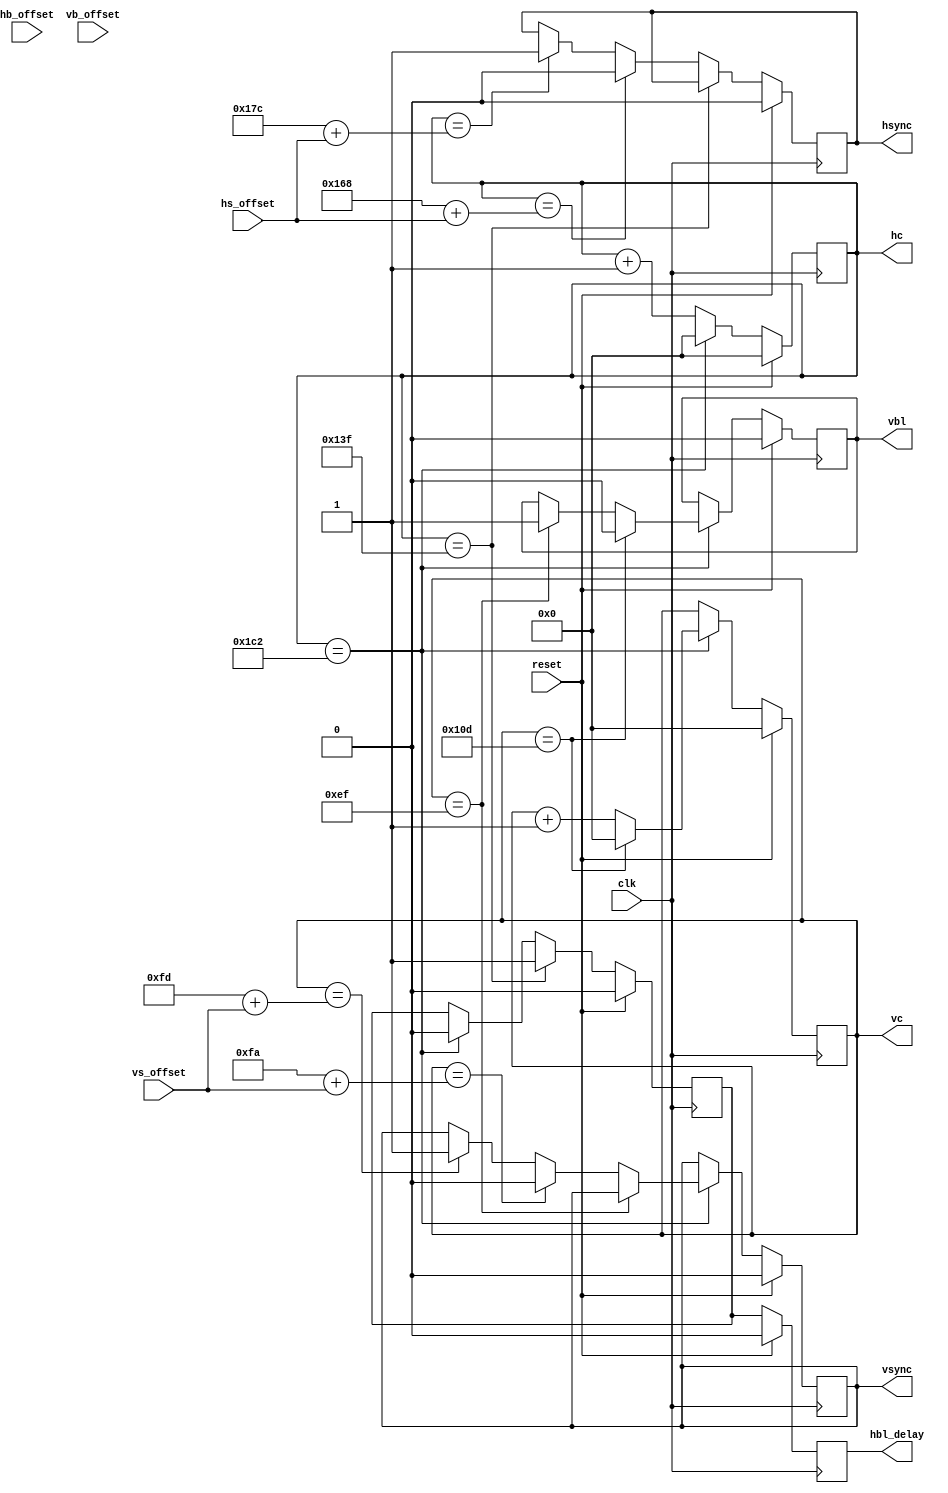

module video_timing
(
    input       clk,
    input       reset,

    input  signed [3:0] hs_offset,
    input  signed [3:0] vs_offset,

    input  signed [3:0] hb_offset,
    input  signed [3:0] vb_offset,

    output reg [8:0] hc,
    output reg [8:0] vc,

    output reg  hbl_delay,
    output reg  hsync,
    output reg  vbl,
    output reg  vsync
);

// 320x240 timings

localparam HBSTART = 320;   // horz blank begin
localparam HSSTART = 360;   // horz sync begin
localparam HSEND   = 380;   // horz sync end
localparam HTOTAL  = 450;   // horz total clocks

localparam VBSTART = 240;
localparam VSSTART = 250;
localparam VSEND   = 253;
localparam VTOTAL  = 270;

reg  hbl;

always @ (posedge clk) begin

    if (reset) begin
        hc <= 0;
        vc <= 0;

        hbl <= 0;
        hbl_delay <= 0;
        vbl <= 0;
        hsync <= 0;
        vsync <= 0;
    end else begin
        // counter
        hbl_delay <= hbl;
        if (hc == HTOTAL) begin
            hc <= 0;
            hbl <= 0;

            // v signals
            if ( vc == VBSTART-1 ) begin
                vbl <= 1;
            end else if ( vc == VSSTART+$signed(vs_offset) ) begin
                vsync <= 0;
            end else if ( vc == VSEND+$signed(vs_offset) ) begin
                vsync <= 1;
            end

            if (vc == VTOTAL-1) begin
                vc <= 0;
                vbl <= 0;
            end else begin
                vc <= vc + 1'd1;
            end
        end else begin
            hc <= hc + 1'd1;
        end

        // h signals
        if ( hc == HBSTART-1 ) begin
            hbl <= 1;
        end else if ( hc == HSSTART+$signed(hs_offset) ) begin
            hsync <= 0;
        end else if ( hc == HSEND+$signed(hs_offset) ) begin
            hsync <= 1;
        end
    end
end

endmodule